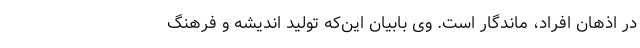
در اذهان افراد، ماندگار است. وی بابیان این­که تولید اندیشه و فرهنگ